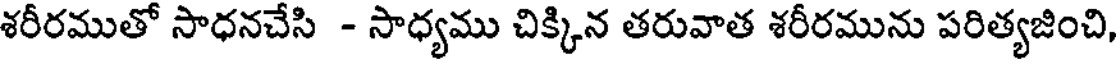
శరీరముతో సాధనచేసి - సాధ్యము చిక్కిన తరువాత శరీరమును పరిత్యజించి,